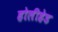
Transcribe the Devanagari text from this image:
होलीहेड